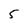
Character: 5